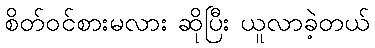
စိတ်ဝင်စားမလား ဆိုပြီး ယူလာခဲ့တယ်